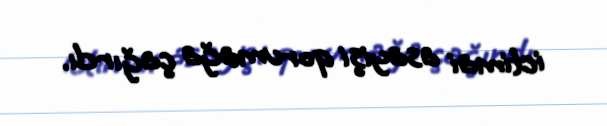
ictimai asayişi qorumağa çağırdı.